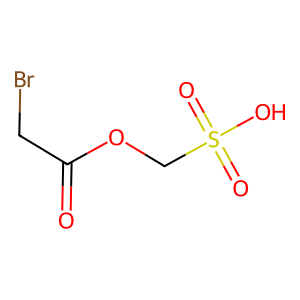
SMILES: O=C(CBr)OCS(=O)(=O)O
Inhibits HIV replication: No